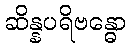
ဆိန္နပရိဗန္ဓော